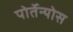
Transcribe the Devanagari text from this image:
पोर्तेन्योस